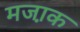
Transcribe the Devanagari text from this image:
मजा़क